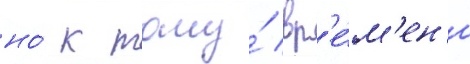
но́ к тому́ вр'е́м'ен'и